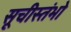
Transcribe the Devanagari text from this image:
सूचीस्तंभो